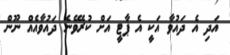
އަދި އެ ދައުވާ އަކީ އެ ޕާޓީ އަށް ކުރެވޭނެ ދައުވާއެއް ނޫން